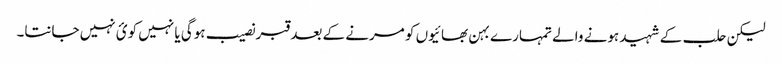
لیکن حلب کے شہید ہونے والے تمہارے بہن بھائیوں کو مرنے کے بعد قبر نصیب ہوگی یا نہیں کوئ نہیں جانتا۔